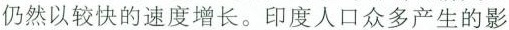
仍然以较快的速度增长。印度人口众多产生的影